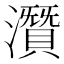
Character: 𤂯